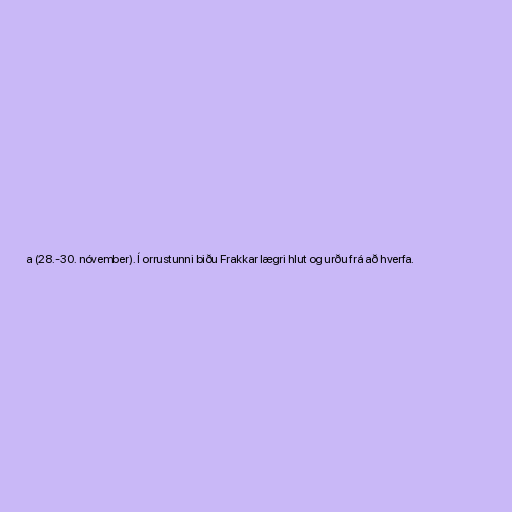
a (28.-30. nóvember). Í orrustunni biðu Frakkar lægri hlut og urðu frá að hverfa.